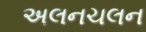
અલનચલન